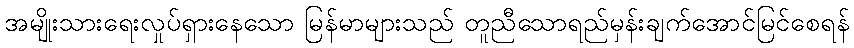
အမျိုးသားရေးလှုပ်ရှားနေသော မြန်မာများသည် တူညီသောရည်မှန်းချက်အောင်မြင်စေရန်